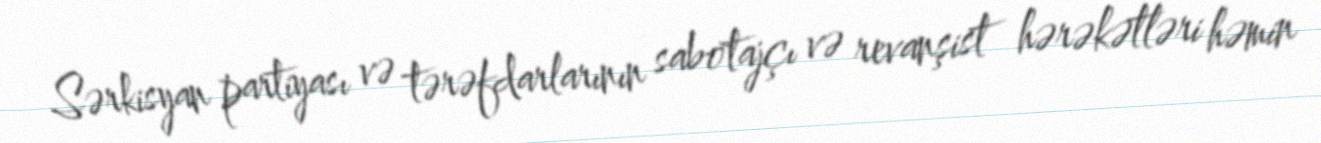
Sərkisyan partiyası və tərəfdarlarının sabotajçı və revanşist hərəkətləri həmin